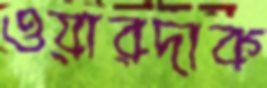
ওয়ারদাক